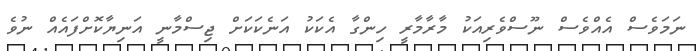
ނަމަވެސް އެއްވެސް ނޫސްވެރިއަކު މާރާމާރީ ހިންގާ އެކަކު އަނެކަކަށް ޖިސްމާނީ އަނިޔާކޮށްފައެއް ނުވެ